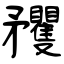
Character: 矡